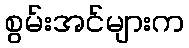
စွမ်းအင်များက